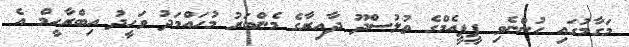
މަގާމުގައި ހުންނެވި ޕީޕީއެމްގެ ތުލުސްދޫ ދާއިރާގެ މެންބަރު މުހައްމަދު ވަހީދު އިބްރާހީމް އެ